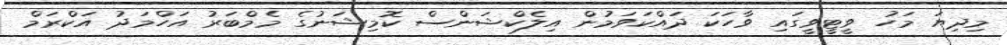
މިދިޔަ މަހު ވީޓީވީގައި ވާހަކަ ދައްކަވަމުން އިލެކްޝަންސް ކޮމިޝަނުގެ މެމްބަރު އަހްމަދު އަކްރަމް